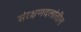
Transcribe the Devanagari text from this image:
संरक्षणदलांतील